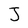
Character: J